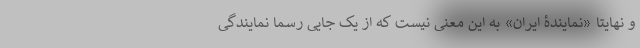
و نهایتا «نمایندۀ ایران» به این معنی نیست که از یک جایی رسما نمایندگی